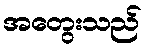
အတွေးသည်